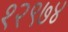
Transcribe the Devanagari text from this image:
१२९७४